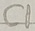
Text: C1